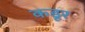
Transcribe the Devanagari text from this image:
कडूर